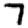
Digit: 7